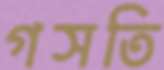
গসতি